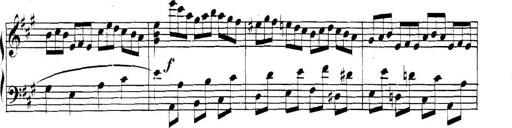
Title: Collected Piano Sonatas
Composer: Muzio Clementi